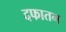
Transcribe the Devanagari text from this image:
दफातन